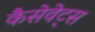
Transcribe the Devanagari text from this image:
कैसेवेट्स